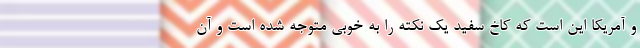
و آمریکا این است که کاخ سفید یک نکته را به خوبی متوجه شده است و آن